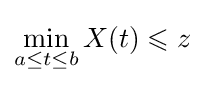
\min _{a\leq t\leq b}X(t)\leqslant z